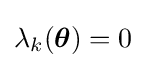
\lambda _{k}({\boldsymbol {\theta }})=0